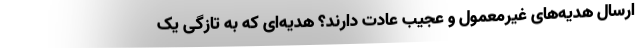
ارسال هدیه‌های غیرمعمول و عجیب عادت دارند؟ هدیه‌ای که به تازگی یک